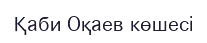
Қаби Оқаев көшесі